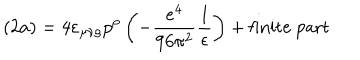
( 2 a ) = 4 \varepsilon _ { \mu \nu \rho } p ^ { \rho } \left( - \frac { e ^ { 4 } } { 9 6 \pi ^ { 2 } } \frac { 1 } { \epsilon } \right) + \mathrm { f i n i t e ~ p a r t }